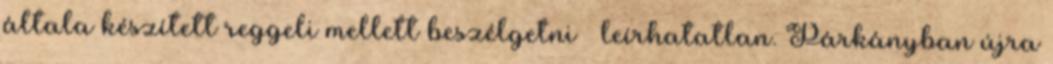
általa készített reggeli mellett beszélgetni – leírhatatlan. Párkányban újra